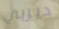
ديربي